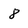
Character: 8